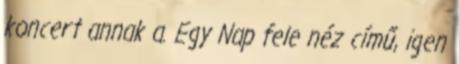
koncert annak a. Egy Nap fele néz című, igen